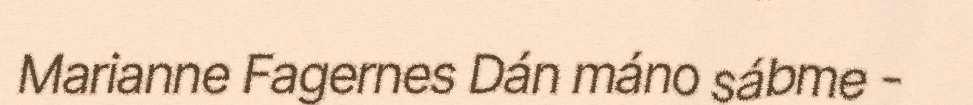
Marianne Fagernes Dán máno sábme -